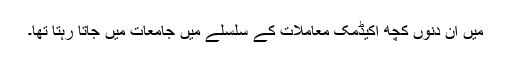
میں ان دنوں کچھ اکیڈمک معاملات کے سلسلے میں جامعات میں جاتا رہتا تھا۔